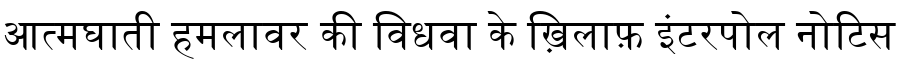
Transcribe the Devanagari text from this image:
आत्मघाती हमलावर की विधवा के ख़िलाफ़ इंटरपोल नोटिस